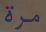
مرة